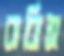
বাঝিস